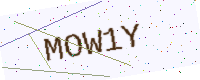
Text: MOW1Y